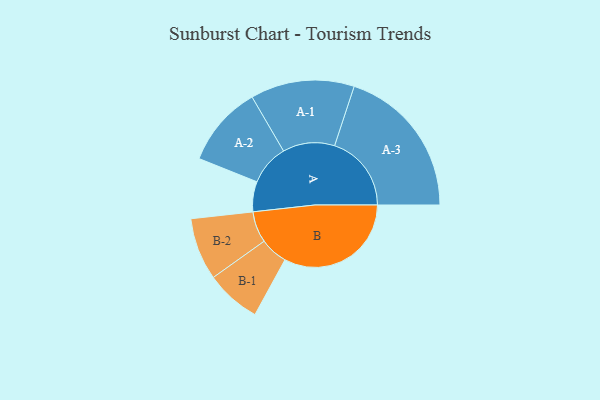
{"axis": {"x": "Segment", "y": "Value"}, "legend": ["", "A", "B"], "data": [{"x": "A", "y": 109, "type": ""}, {"x": "B", "y": 460, "type": ""}, {"x": "A-1", "y": 188, "type": "A"}, {"x": "A-2", "y": 147, "type": "A"}, {"x": "A-3", "y": 278, "type": "A"}, {"x": "B-1", "y": 100, "type": "B"}, {"x": "B-2", "y": 113, "type": "B"}]}